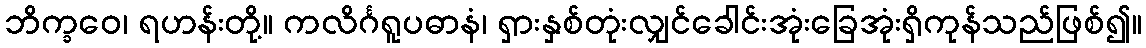
ဘိက္ခဝေ၊ ရဟန်းတို့။ ကလိင်္ဂရူပဓာနံ၊ ရှားနှစ်တုံးလျှင်ခေါင်းအုံးခြေအုံးရှိကုန်သည်ဖြစ်၍။